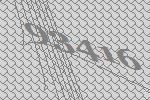
93416